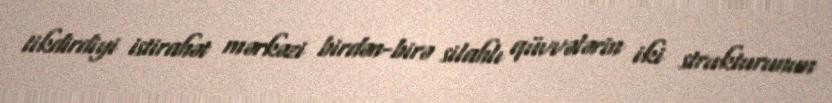
tikdirdiyi istirahət mərkəzi birdən-birə silahlı qüvvələrin iki strukturunun